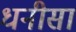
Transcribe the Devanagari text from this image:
धनीसां